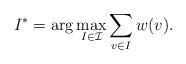
LaTeX: \begin{align*}I^* = \arg \max_{I \in \mathcal{I}} \sum_{v \in I} w(v).\end{align*}